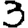
Digit: 3